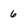
Character: 6